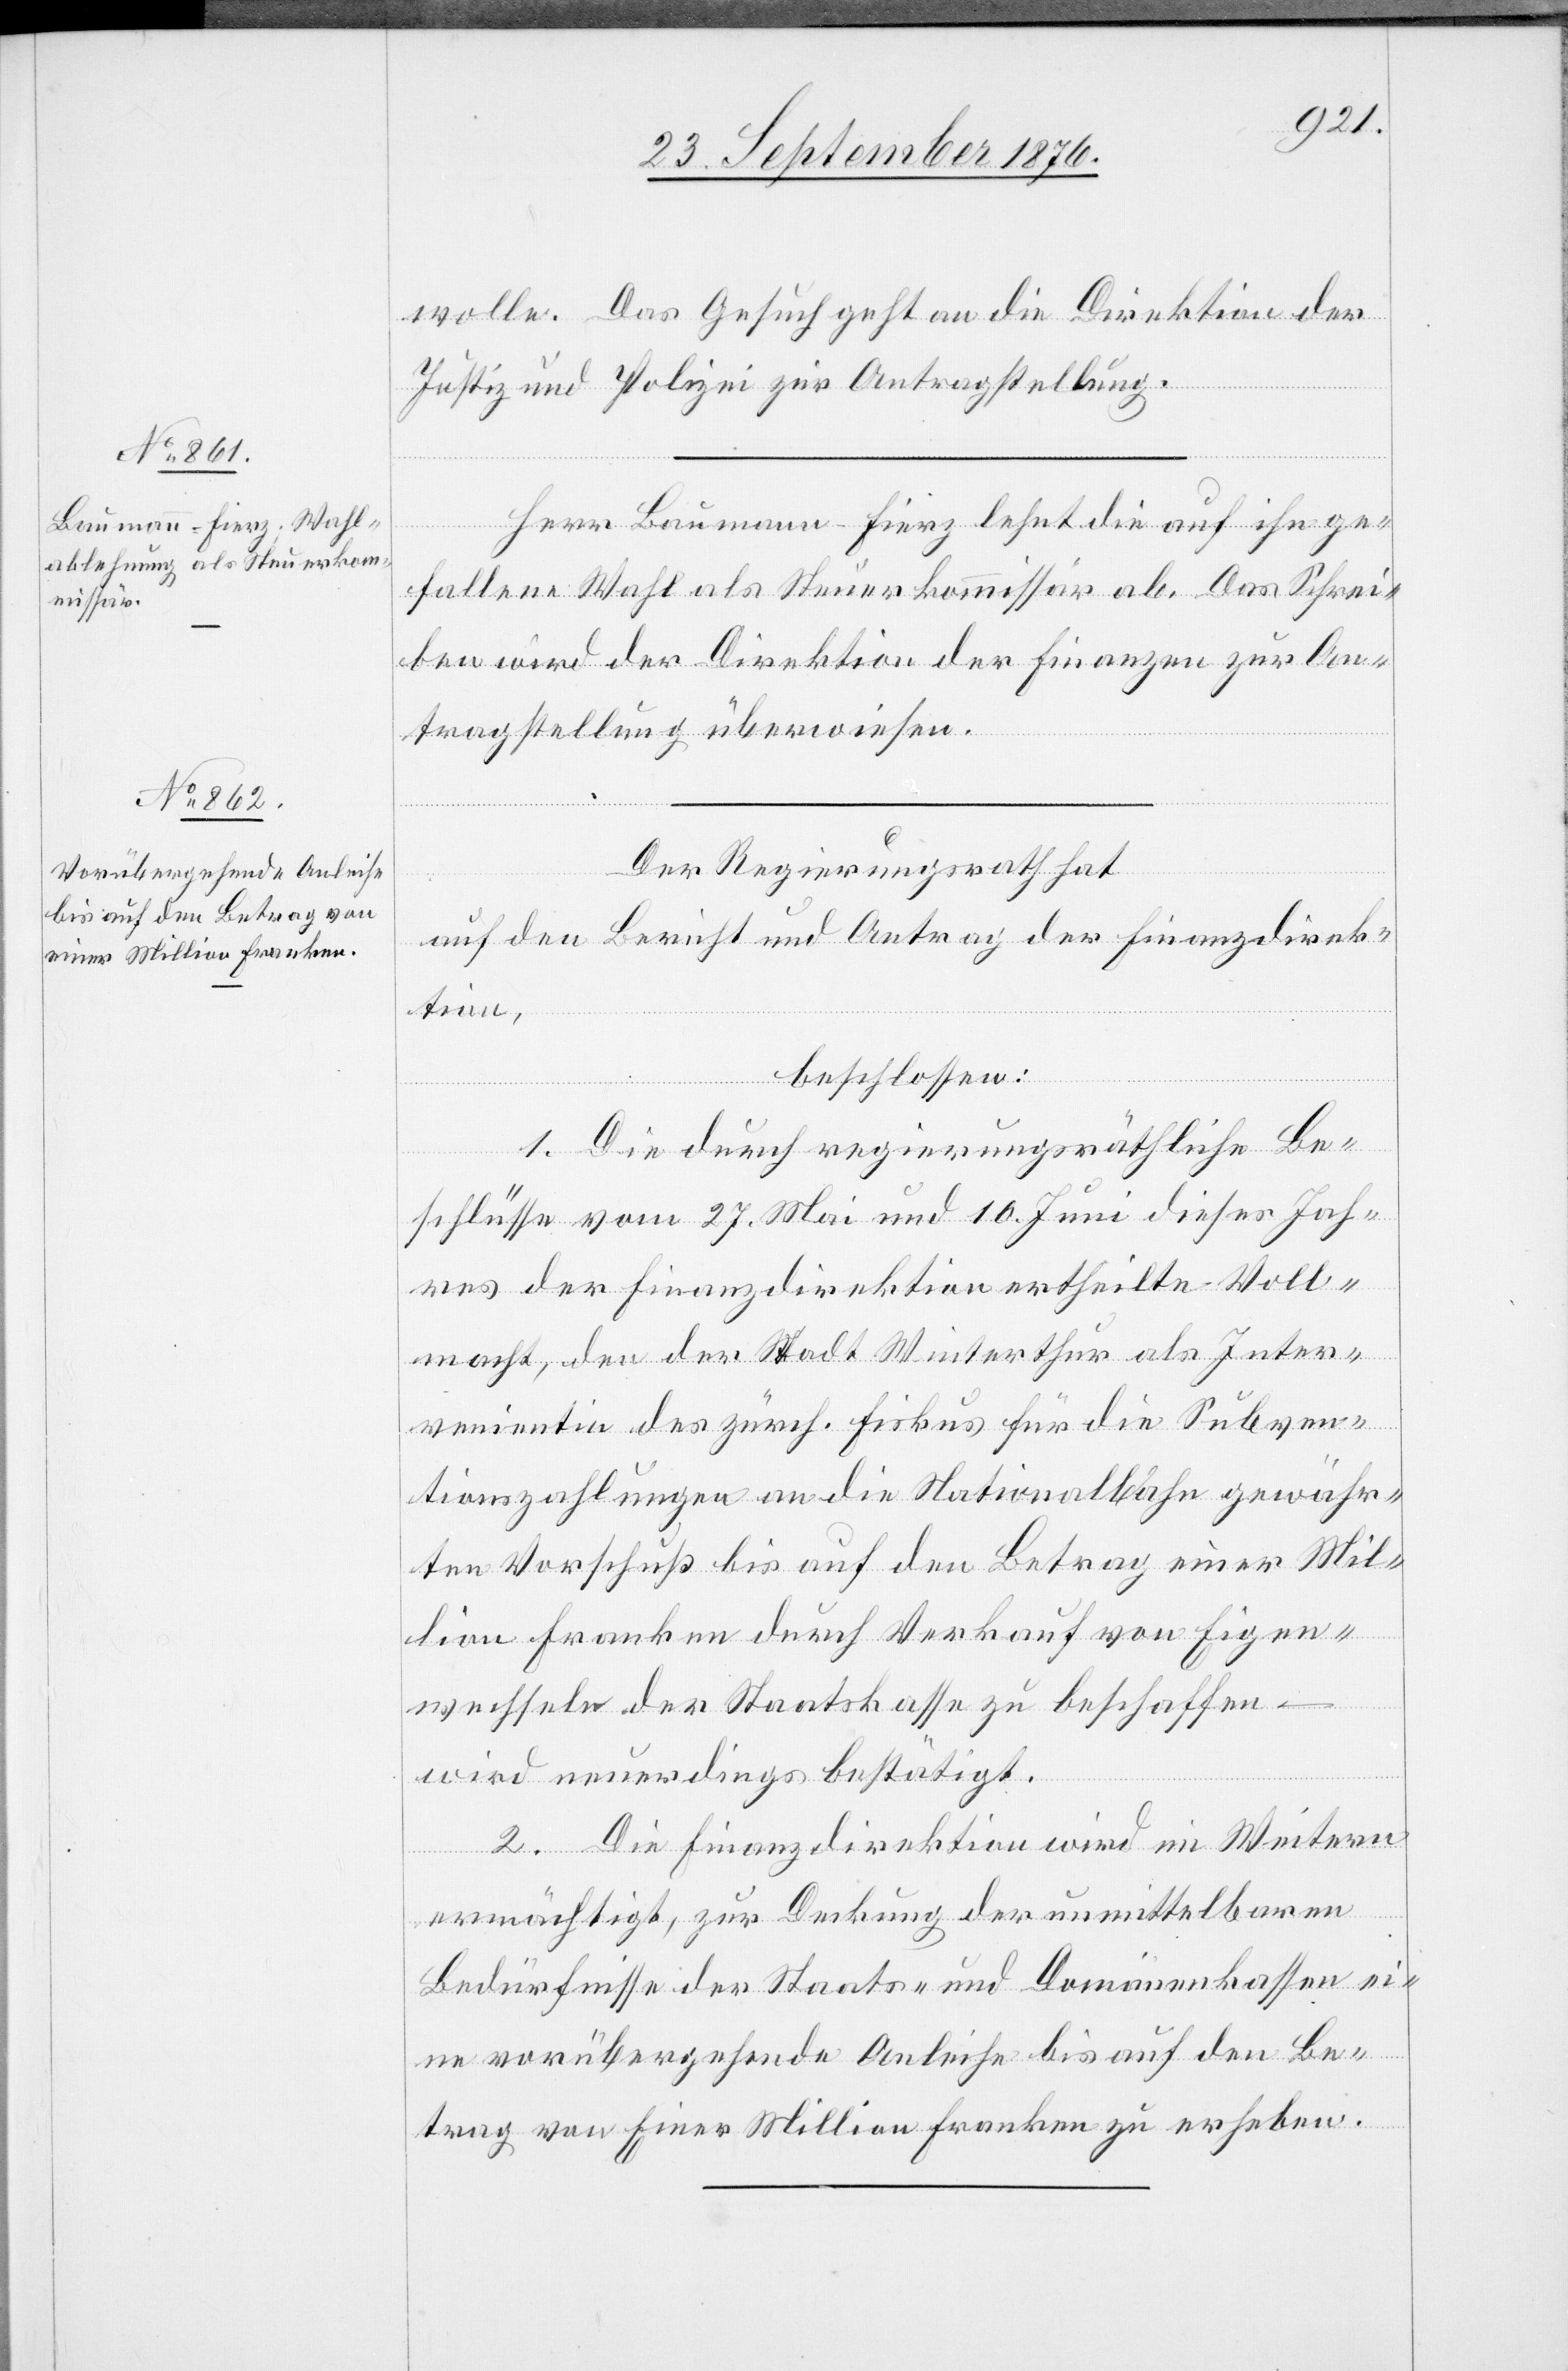
27. September 1876.]
wolle. Das Gesuch geht an die Direktion der
Justiz und Polizei zur Antragstellung.
Herr Baumann-Fierz lehnt die auf ihn ge¬
fallene Wahl als Steuerkommissär ab. Das Schrei¬
ben wird der Direktion der Finanzen zur An¬
tragstellung überwiesen.
Der Regierungsrath hat
auf den Bericht und Antrag der Finanzdirek¬
tion,
beschlossen:
1. Die durch regierungsräthliche Be¬
schlüsse vom 27. Mai und 10. Juni dieses Jah¬
res der Finanzdirektion ertheilte Voll¬
macht, den der Stadt Winterthur als Inter¬
venientin des zürch. Fiskus für die Subven¬
tionszahlungen an die Nationalbahn gewähr¬
ten Vorschuß bis auf den Betrag einer Mil¬
lion Franken durch Verkauf von Eigen¬
wechseln der Staatskasse zu beschaffen
wird neuerdings bestätigt.
2. Die Finanzdirektion wird im Weitern
ermächtigt, zur Deckung der unmittelbaren
Bedürfnisse der Staats- und Domänenkassen ei¬
ne vorübergehende Anleihe bis auf den Be¬
trag von Einer Million Franken zu erheben.